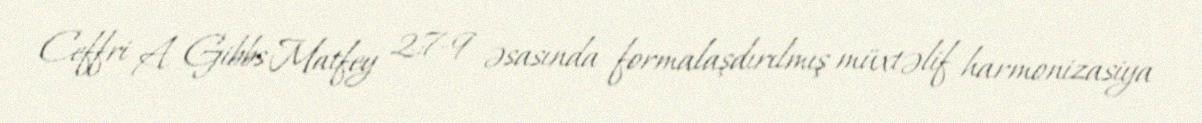
Ceffri A. Gibbs Matfey 2:7-9 əsasında formalaşdırılmış müxtəlif harmonizasiya